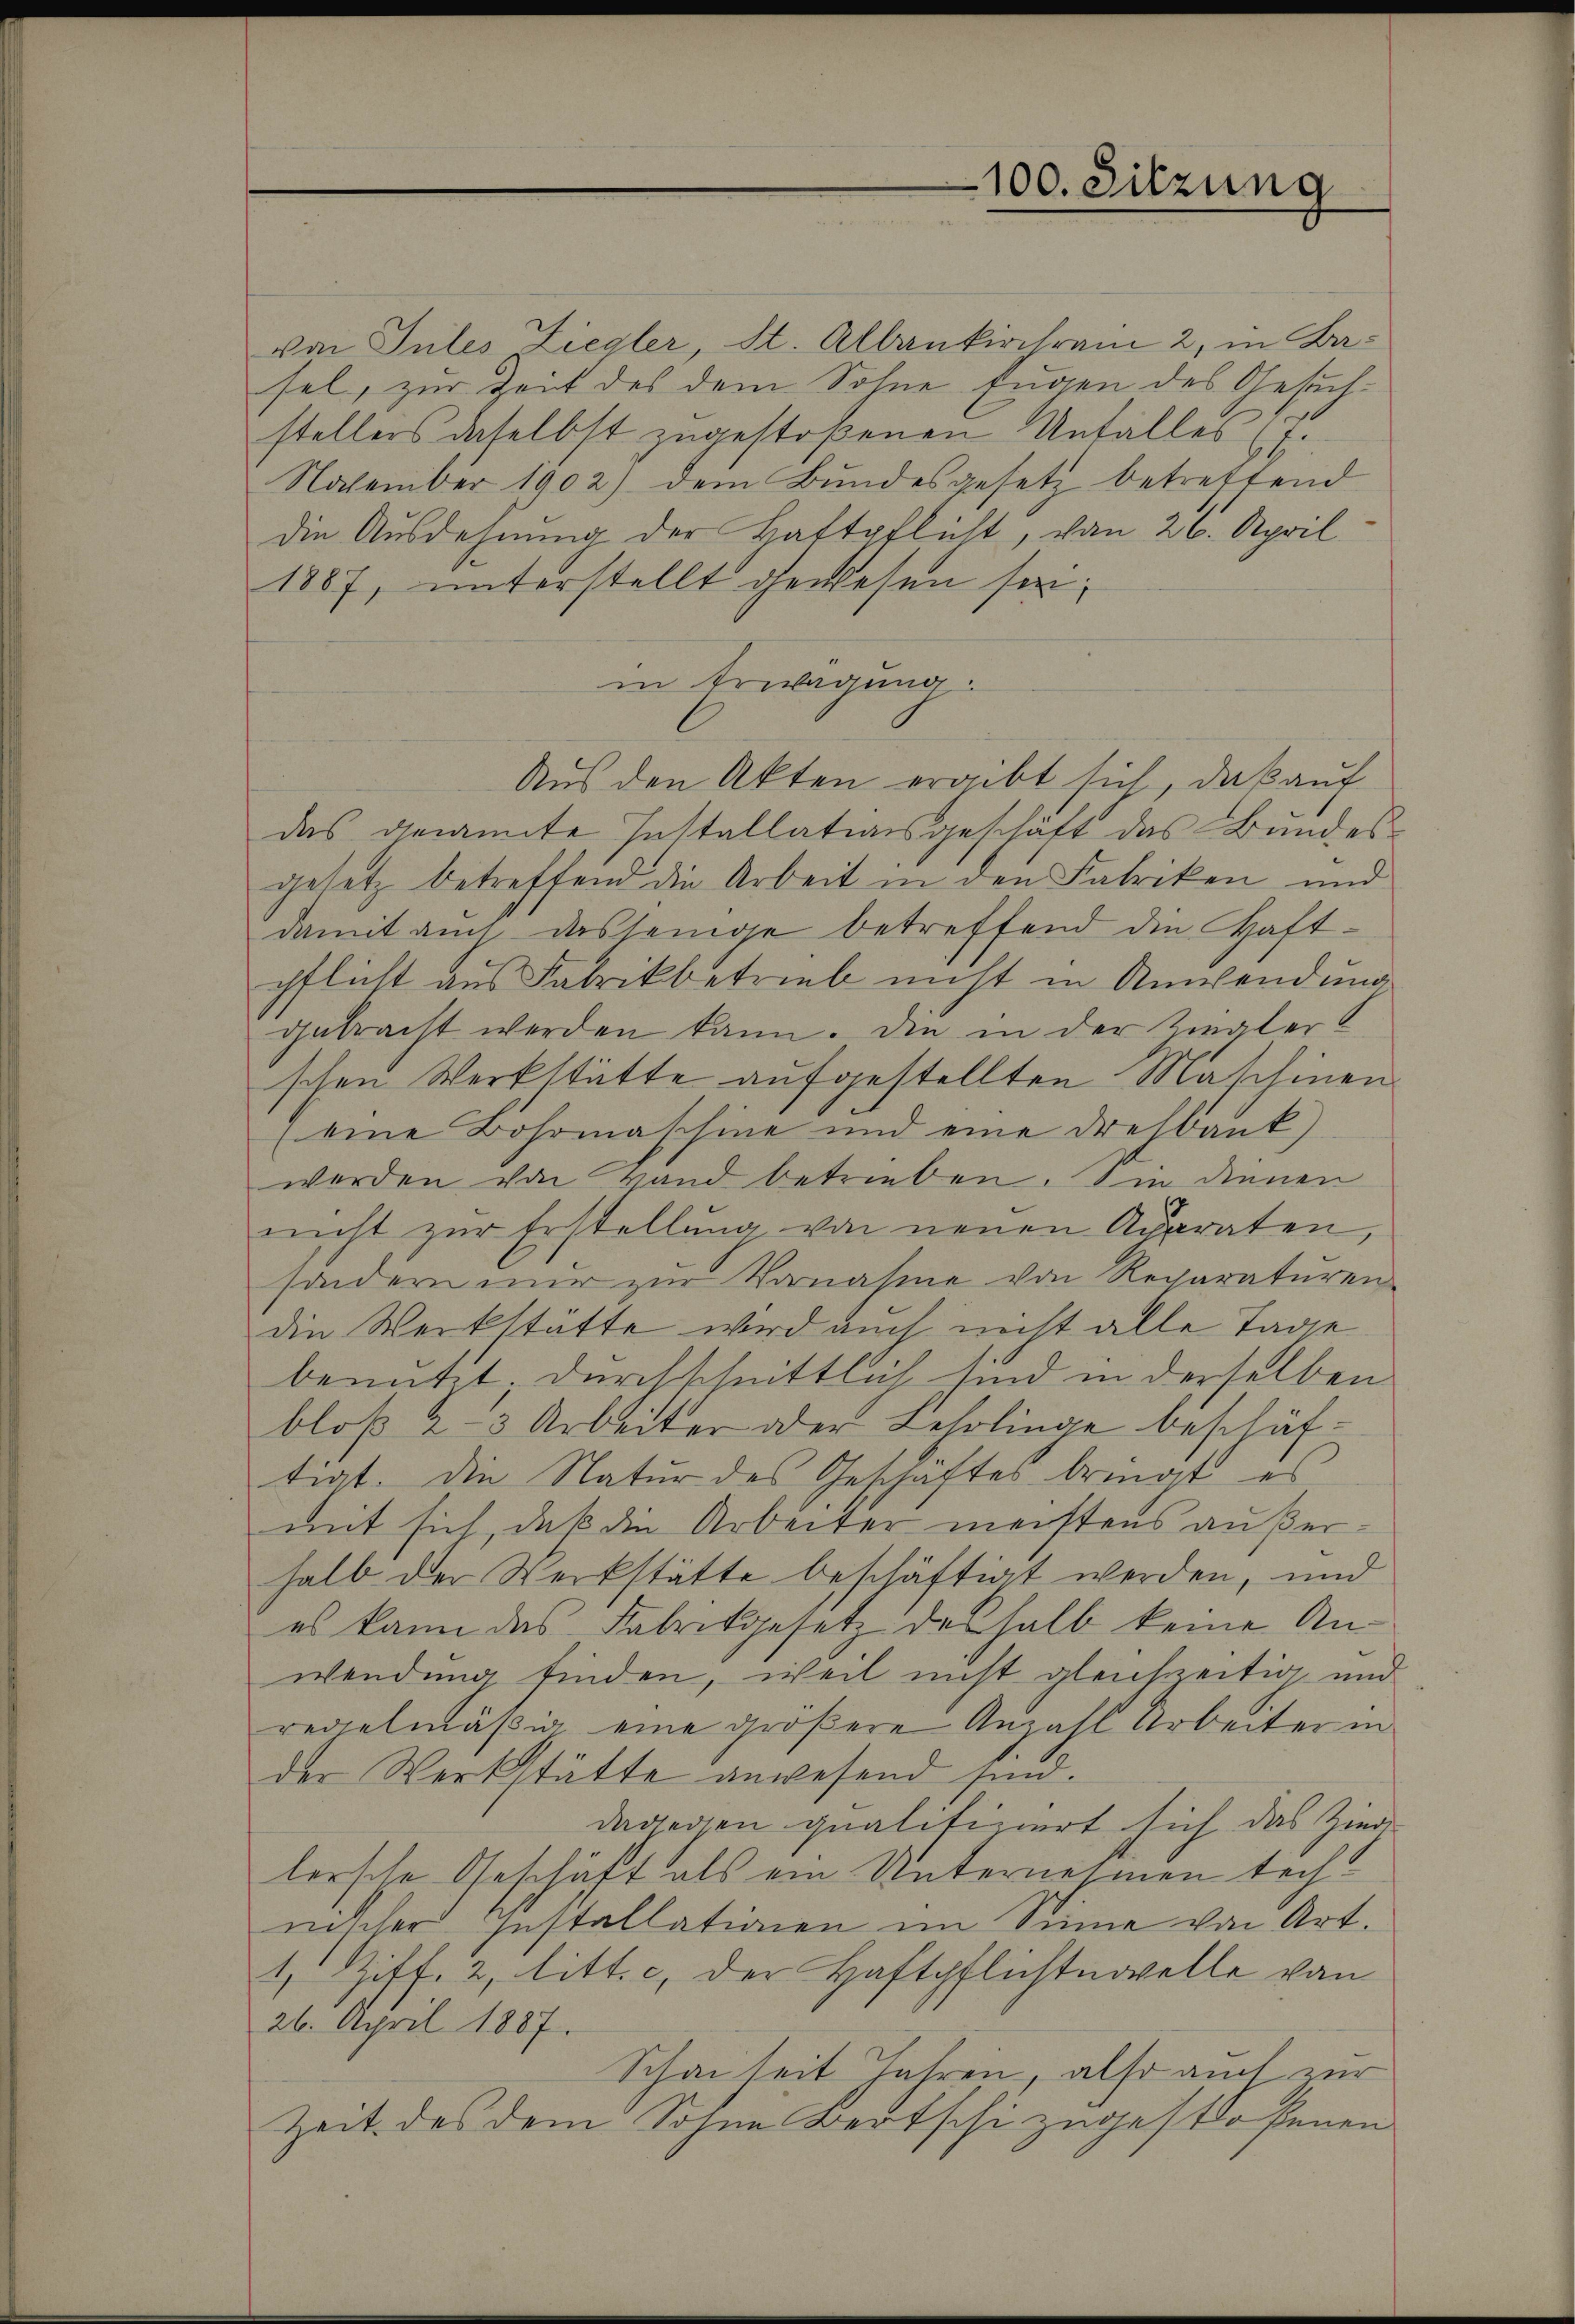
100. Sitzung

von Tules Ziegler, St. Albankirchrain 2, in Basel, zur Zeit des dem Sohne Eugen des Gesuchstellers daselbst zugestoßenen Unfalles (T.
Notember 1902) dem Bundesgesetz betreffend
die Ausdehnung der Haftpflicht, von 26. April
1887, unterstellt gewesen sei;
in Erwägung:
Aus den Akten ergibt sich, daß auf
das genannte Installationsgeschäft das Bundes
gesetz betreffend die Arbeit in den Fabriken und
damit auch dasjenige betreffend die Haft-
pflicht aus Fabrikbetrieb nicht in Anwendung
gebracht werden kann. Die in der Ziegler
schen Werkstätte aufgestellten Maschinen
(eine Bohrmaschine und eine Dresbank)
werden von Hand betrieben. Ein dienen
nicht zŭr Erstellŭng von neuen Appraten,
sondern nur zur Vornahme von Reparaturen
die Werkstätte wird auch nicht alle Tage
benutzt; durchschnittlich sind in derselben
bloß 2-3 Arbeiter oder Lehrlinge beschäftigt. Die Natur des Geschäftes bringt, es
mit sich, daß die Arbeiter meistens außerhalb der Werkstätte beschäftigt werden, und
es kann das Fabrikgesetz deshalb keine Anwendung finden, weil nicht gleichzeitig und
regelmäßig eine größere Anzahl Arbeiter in
der Werkstätte anwesend sind.
daderen qualifiziert sich das Ziege
lersche Geschäft als ein Unternehmen technischer Installationen im Sinne von Art.
1 Ziff. 2, litt. c, der Haftpflichtnovelle von
26. April 1887.
Schanheit Jahren, also auch zur
Zeit des dem Sohne Bertschi zugestoßenen